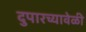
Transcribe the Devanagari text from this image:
दुपारच्यावेळी